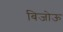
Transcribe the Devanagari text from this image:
बिजोऊ